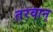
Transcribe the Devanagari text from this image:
तरवान्